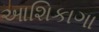
આશિકાગા